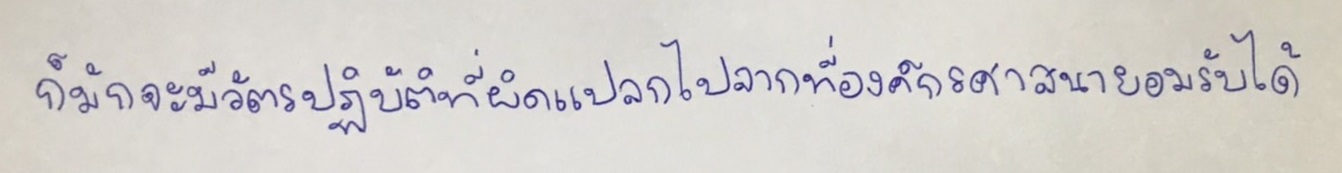
ก็มักจะมีวัตรปฏิบัติที่ผิดแปลกไปจากที่องค์กรศาสนายอมรับได้